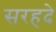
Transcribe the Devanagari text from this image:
सरहदे